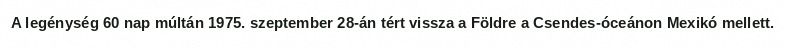
A legénység 60 nap múltán 1975. szeptember 28-án tért vissza a Földre a Csendes-óceánon Mexikó mellett.